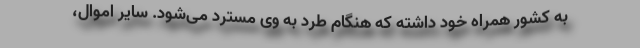
به کشور همراه خود داشته که هنگام طرد به وی مسترد می‌شود. سایر اموال،